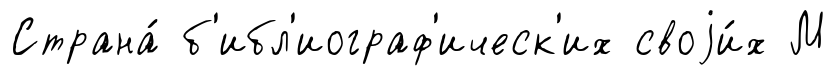
Страна́ б'ибл'иограф'ическ'их своjи́х М